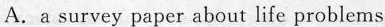
A.a survey paper about life problems